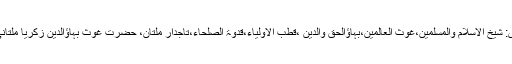
سیرت وخصائص: شیخ الاسلام والمسلمین،غوث العالمین،بہاؤالحق والدین ،قطب الاولیاء،قدوۃ الصلحاء،تاجدارِ ملتان، حضرت غوث بہاؤالدین زکریا ملتانی رحمۃ اللہ علیہ۔